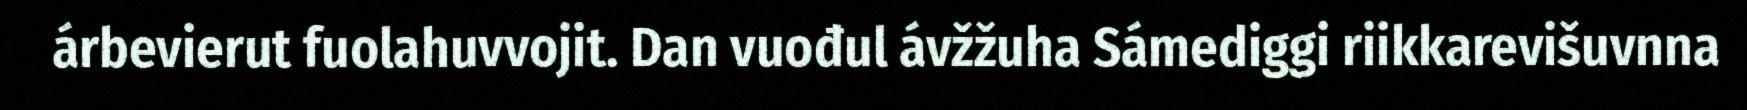
árbevierut fuolahuvvojit. Dan vuođul ávžžuha Sámediggi riikkarevišuvnna